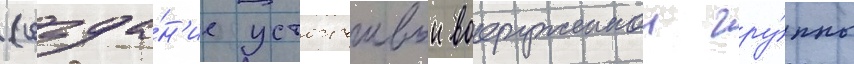
(созда́н'ие устоичивои вооруженнои гру́ппы